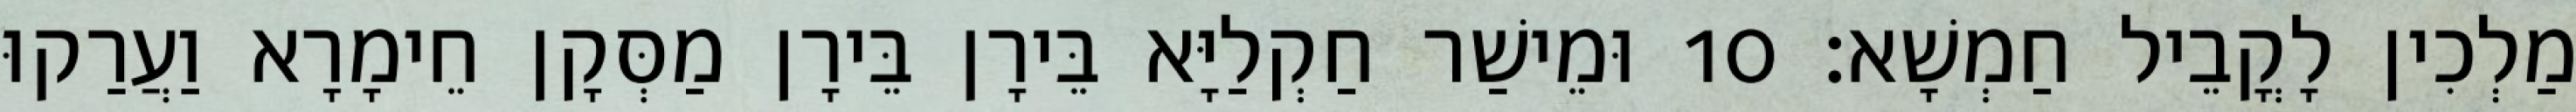
מַלְכִין לָקֳבֵיל חַמְשָׁא׃ 10 וּמֵישַׁר חַקְלַיָּא בֵּירָן בֵּירָן מַסְּקָן חֵימָרָא וַעֲרַקוּ